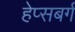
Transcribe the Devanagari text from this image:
हेप्सबर्ग